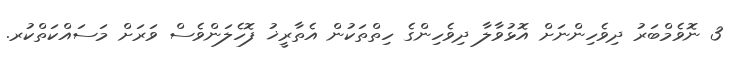
3 ނޮވެމްބަރު ދިވެހިންނަށް އޮޅުވާލާ ދިވެހިންގެ ހިތްތަކުން އެތާރީޚު ފޮހެލަންވެސް ވަރަށް މަސައްކަތްކުރ.